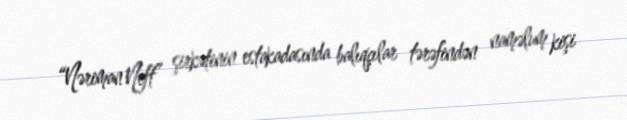
“Nəriman Neft” şirkətinin estakadasında balıqçılar tərəfindən naməlum kişi